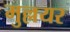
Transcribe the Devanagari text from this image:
मुल्लयर